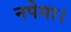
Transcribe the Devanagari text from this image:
नपेगा।